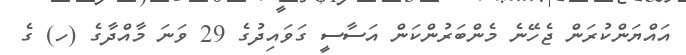
އައްޔަންކުރަން ޖެހޭނެ މެންބަރުންކަން އަސާސީ ގަވައިދުގެ 29 ވަނަ މާއްދާގެ (ހ) ގެ